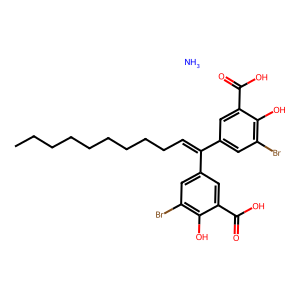
SMILES: CCCCCCCCCC=C(c1cc(Br)c(O)c(C(=O)O)c1)c1cc(Br)c(O)c(C(=O)O)c1.N
Inhibits HIV replication: Yes